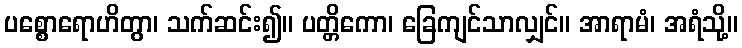
ပစ္စောရောဟိတွာ၊ သက်ဆင်း၍။ ပတ္တိကော၊ ခြေကျင်သာလျှင်။ အာရာမံ၊ အရံသို့။